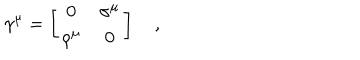
\gamma ^ { \mu } = \left[ \begin{array} { c c } { { 0 } } & { { \sigma ^ { \mu } } } \\ { { \rho ^ { \mu } } } & { { 0 } } \\ \end{array} \right] \quad ,